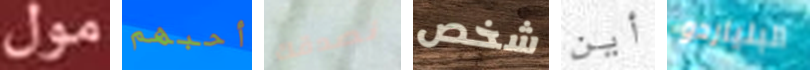
مول أحبهم نصدقك شخص أين البلياردو